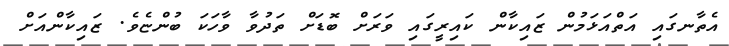
އެތާނގައި އަތްއަޅަމުން ޒައިކާން ކައިރީގައި ވަރަށް ބޮޑަށް ތަދުވާ ވާހަކަ ބުންޏެވެ. ޒައިކާންއަށް